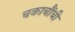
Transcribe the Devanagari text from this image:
चकाचौंधी